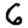
Digit: 6